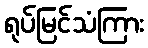
ရုပ်မြင်သံကြား